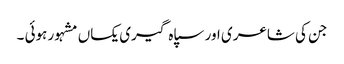
جن کی شاعری اور سپاہ گیری یکساں مشہور ہوئی ۔